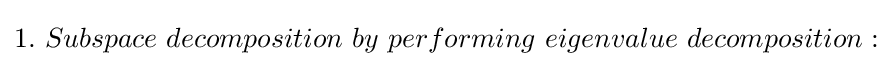
\textstyle 1.\ Subspace\ decomposition\ by\ performing\ eigenvalue\ decomposition: